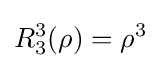
R_{3}^{3}(\rho )=\rho ^{3}